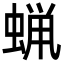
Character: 蝋